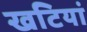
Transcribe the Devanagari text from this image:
खटियां